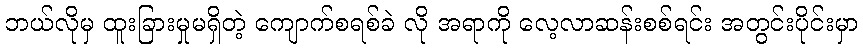
ဘယ်လိုမှ ထူးခြားမှုမရှိတဲ့ ကျောက်စရစ်ခဲ လို အရာကို လေ့လာဆန်းစစ်ရင်း အတွင်းပိုင်းမှာ